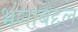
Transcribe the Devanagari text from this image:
भंगाबद्दल